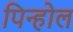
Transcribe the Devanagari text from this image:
पिन्होल